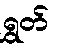
ရွှတ်